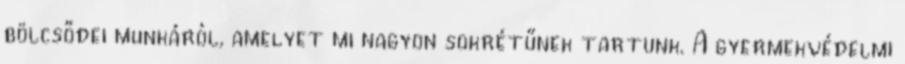
bölcsődei munkáról, amelyet mi nagyon sokrétűnek tartunk. A gyermekvédelmi